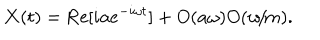
{ \bf X } ( t ) = \mathrm { R e } [ i { \bf a } e ^ { - i \omega t } ] + O ( a \omega ) O ( w \! / \! m ) .